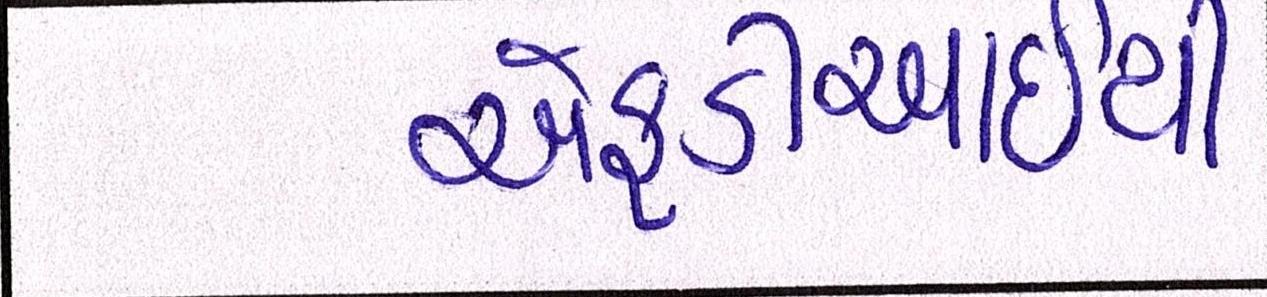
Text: એફડીઆઇથી